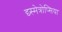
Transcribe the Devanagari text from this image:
द्य्स्मेत्रोप्सिया